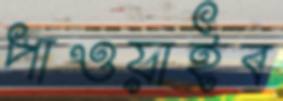
পাওয়াইব